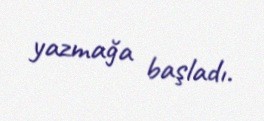
yazmağa başladı.